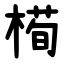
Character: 槆